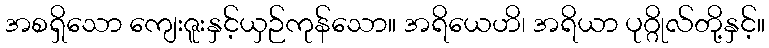
အစရှိသော ကျေးဇူးနှင့်ယှဉ်ကုန်သော။ အရိယေဟိ၊ အရိယာ ပုဂ္ဂိုလ်တို့နှင့်။